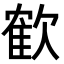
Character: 𣤇